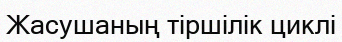
Жасушаның тіршілік циклі